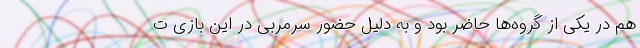
هم در یکی از گروه‌ها حاضر بود و به دلیل حضور سرمربی در این بازی ت